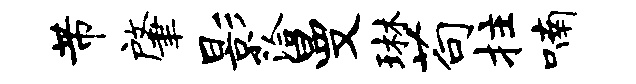
芾肇影洽曼琳苟拄喃